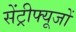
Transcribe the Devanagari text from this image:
सेंट्रीफ्यूजों